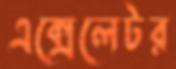
এক্সেলেটর